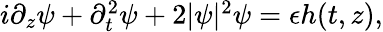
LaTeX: \begin{array}{r}{i\partial_{z}\psi+\partial_{t}^{2}\psi+2|\psi|^{2}\psi=\epsilon h(t,z),}\end{array}